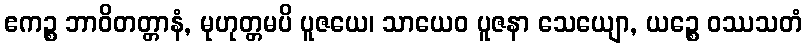
ဧကဉ္စ ဘာဝိတတ္တာနံ, မုဟုတ္တမပိ ပူဇယေ၊ သာယေဝ ပူဇနာ သေယျော, ယဉ္စေ ဝဿသတံ